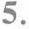
5.